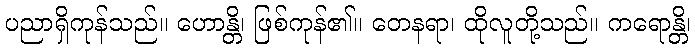
ပညာရှိကုန်သည်။ ဟောန္တိ၊ ဖြစ်ကုန်၏။ တေနရာ၊ ထိုလူတို့သည်။ ကရောန္တိ၊